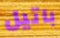
باتيل